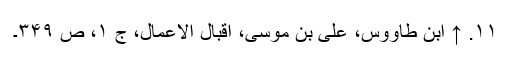
۱۱. ↑ ابن طاووس، علی بن موسی، اقبال الاعمال، ج ۱، ص ۳۴۹۔